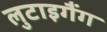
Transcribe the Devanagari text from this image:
लुटाइगैंग